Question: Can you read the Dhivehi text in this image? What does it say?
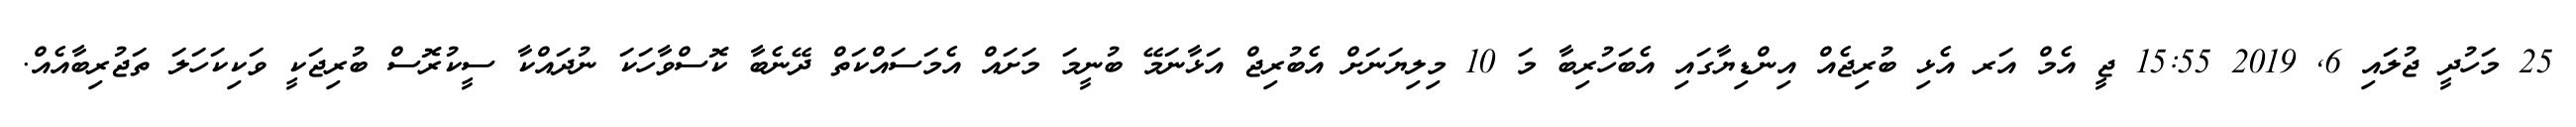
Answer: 25 މަހުދީ ޖުލައި 6, 2019 15:55 ޖީ އެމް އަރ އެޅި ބުރިޖެއް އިންޑިޔާގައި އެބަހުރިބާ މަ 10 މިލިޔަނަށް އެބުރިޖް އަޅާނަމޭ ބުނީމަ މަށައް އެމަސައްކަތް ދޭނެބާ ކޮސްވާހަކަ ނުދައްކާ ސީކުރޮސް ބުރިޖަކީ ވަކިކަހަލަ ތަޖުރިބާއެއް.